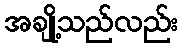
အချို့သည်လည်း